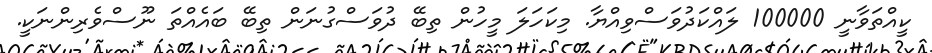
ކީއްތަވާނީ 100000 ލައްކަދުވަސްވިއްޔާ. މިކަހަލަ މީހުން ތިބޭ ދުވަސްގުނަން ތިބޭ ބައެއްތަ ނޫސްވެރިންނަކީ.